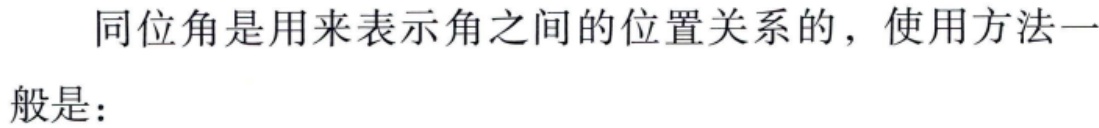
同位角是用来表示角之间的位置关系的，使用方法一般是：